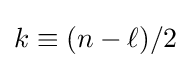
k\equiv (n-\ell )/2